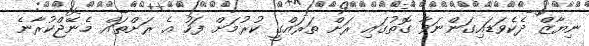
ނިޔާޒް ދެކެވަޑައިގަންނަވާ ގޮތުގައި ރަށް ތަރައްގީ ކުރުމަށް ފަހު އެ ރަށްތައް މެނޭޖްކުރާނެ